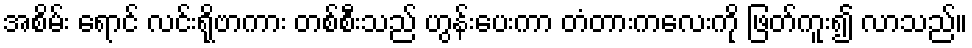
အစိမ်း ရောင် လင်းရိုဗာကား တစ်စီးသည် ဟွန်းပေးကာ တံတားကလေးကို ဖြတ်ကူး၍ လာသည်။